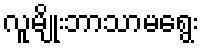
လူမျိုးဘာသာမရွေး